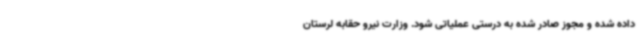
داده شده و مجوز صادر شده به درستی عملیاتی شود. وزارت نیرو حقابه لرستان